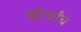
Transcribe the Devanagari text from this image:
चीर्यांचे